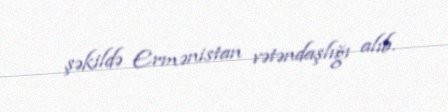
şəkildə Ermənistan vətəndaşlığı alıb.